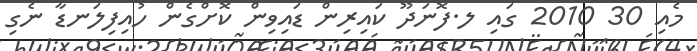
މެއި 30 2010 ގައި ލ.ފޮނަދޫ ކައިރިން ޑައިވިން ކޮށްގެން ހުއިފިލަނޑާ ނެގި